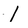
Character: l